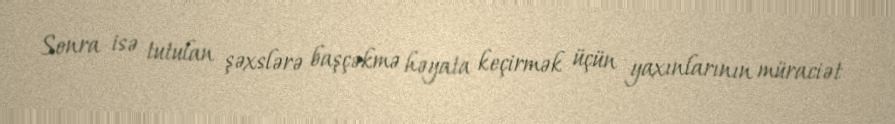
Sonra isə tutulan şəxslərə başçəkmə həyata keçirmək üçün yaxınlarının müraciət